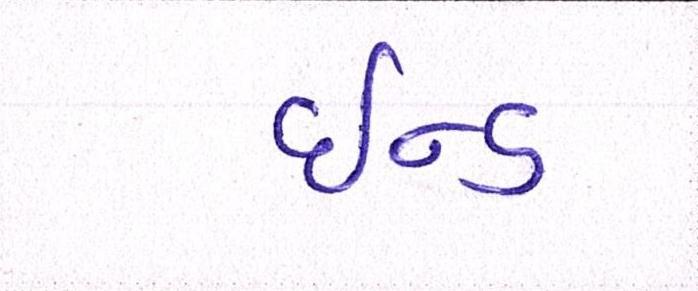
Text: ઇન્ડ